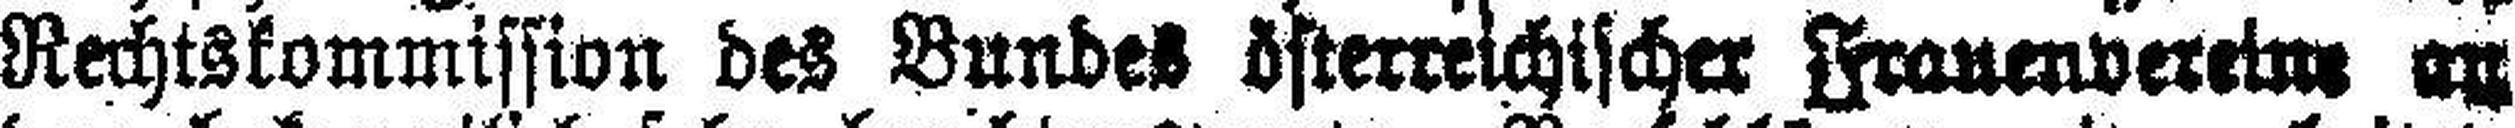
Rechtskommission des Bundes österreichischer Frauenvereine an